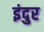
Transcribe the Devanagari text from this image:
इंदुर